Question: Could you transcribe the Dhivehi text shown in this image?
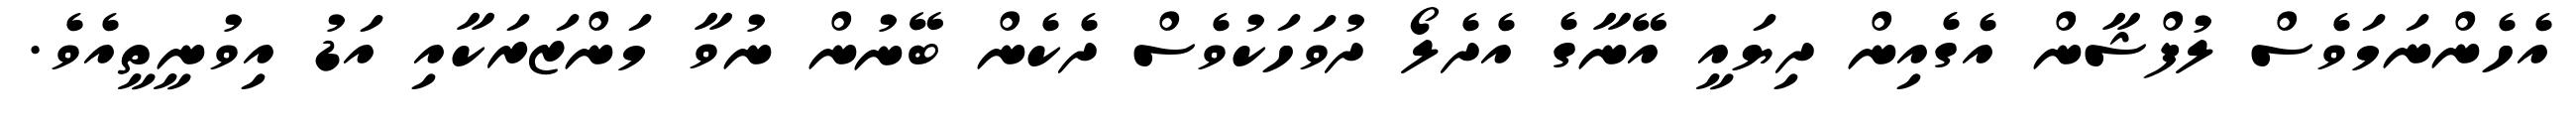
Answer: އެހެންނަމަވެސް ލުފްޝާން އެގެއިން ދިޔައީ އޭނާގެ އެދެލޯ ދުވަހަކުވެސް ދެކެން ބޭނުން ނުވާ މަންޒަރަކާއި އަޑު އިވުނީތީއެވެ.